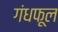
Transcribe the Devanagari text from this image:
गंधफूल